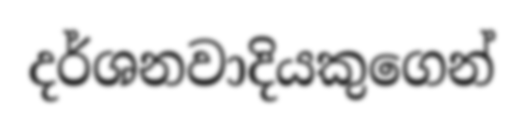
දර්ශනවාදියකුගෙන්